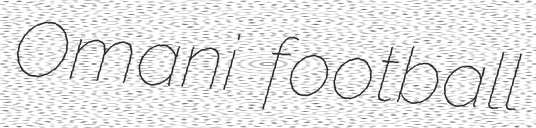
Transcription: Omani football